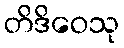
တိဒိဝေသု